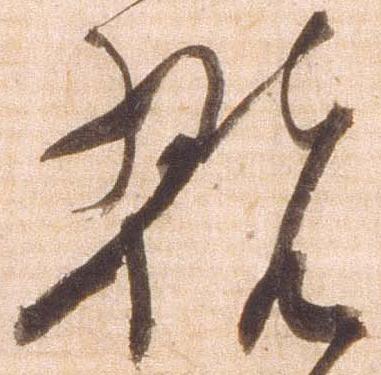
翫